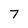
Character: 7